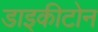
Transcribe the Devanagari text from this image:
डाइकीटोन